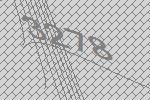
3278